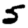
Digit: 5